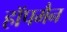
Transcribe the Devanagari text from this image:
हॉपमैन